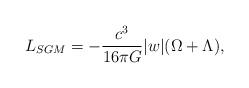
LaTeX: \begin{align*}L_{SGM}=-{c^{3} \over 16{\pi}G}\vert w \vert(\Omega + \Lambda ), \end{align*}